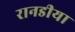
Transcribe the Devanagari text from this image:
रानडीया